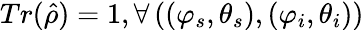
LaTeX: Tr(\hat{\rho})=1,\forall\left((\varphi_{s},\theta_{s}),(\varphi_{i},\theta_{i})\right)